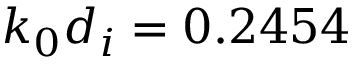
k _ { 0 } d _ { i } = 0 . 2 4 5 4